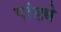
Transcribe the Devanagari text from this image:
पांड्ये